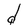
Character: d